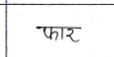
मजकूर: फार